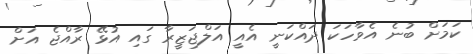
ކަމަށް ބުނެ އެވާހަކަ ދައްކަނީ އެއީ އަލްޖަޒީރާ ގައި އުޅޭ ރާއްޖެ އަށް